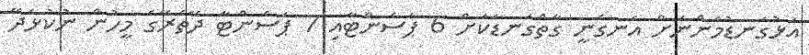
އަޅުގަނޑުމެންނަށް އެނގެނީ ގާތްގަނޑަކަށް 6 ޕަސެންޓާއި 7 ޕަސެންޓާ ދޭތެރޭގެ މީހުން ނުކުޅެދޭ